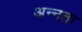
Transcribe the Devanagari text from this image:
अन्नतः